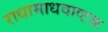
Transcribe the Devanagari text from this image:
राधामाधवाष्टक